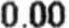
0.00